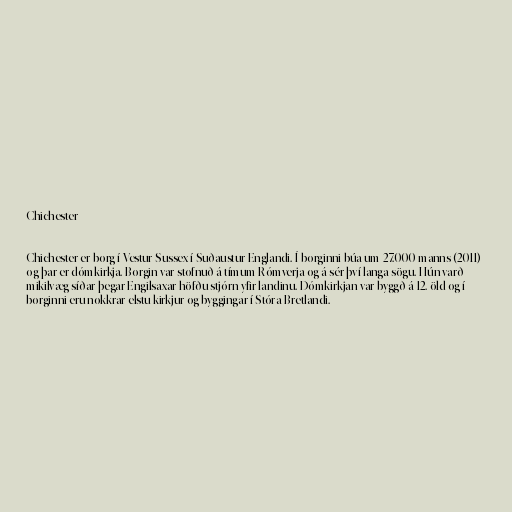
Chichester

Chichester er borg í Vestur-Sussex í Suðaustur-Englandi. Í borginni búa um 27.000 manns (2011)
og þar er dómkirkja. Borgin var stofnuð á tímum Rómverja og á sér því langa sögu. Hún varð
mikilvæg síðar þegar Engilsaxar höfðu stjórn yfir landinu. Dómkirkjan var byggð á 12. öld og í
borginni eru nokkrar elstu kirkjur og byggingar í Stóra-Bretlandi.